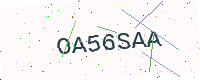
Text: OA56SAA